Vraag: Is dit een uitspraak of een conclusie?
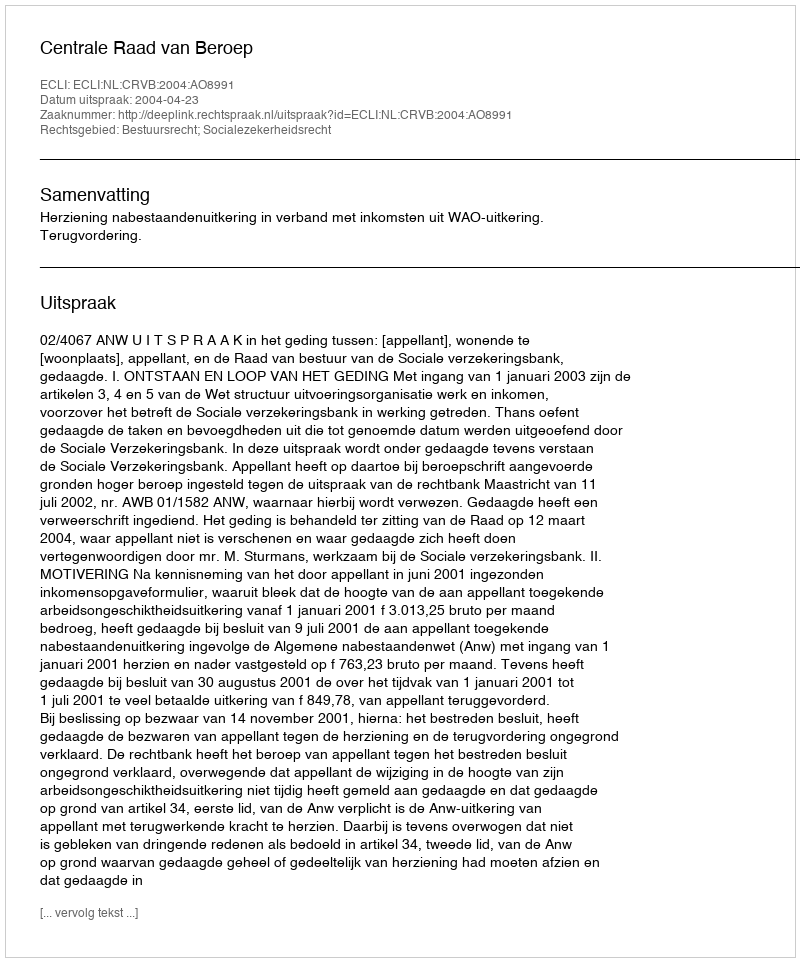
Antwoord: Uitspraak